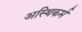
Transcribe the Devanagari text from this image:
अस्थिकर्म